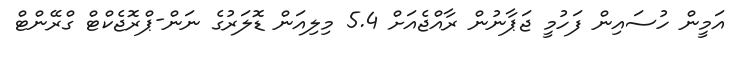
އަމީން ހުސައިން ފަހުމީ ޖަޕާނުން ރާއްޖެއަށް 5.4 މިލިއަން ޑޮލަރުގެ ނަން-ޕްރޮޖެކްޓް ގްރޭންޓް